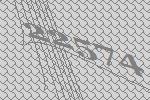
22574